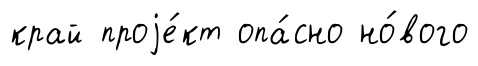
край проjе́кт опа́сно но́вого